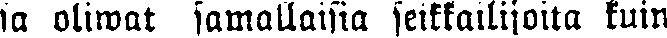
sa oliwat samallaisia seikkailijoita kuin